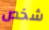
شخص